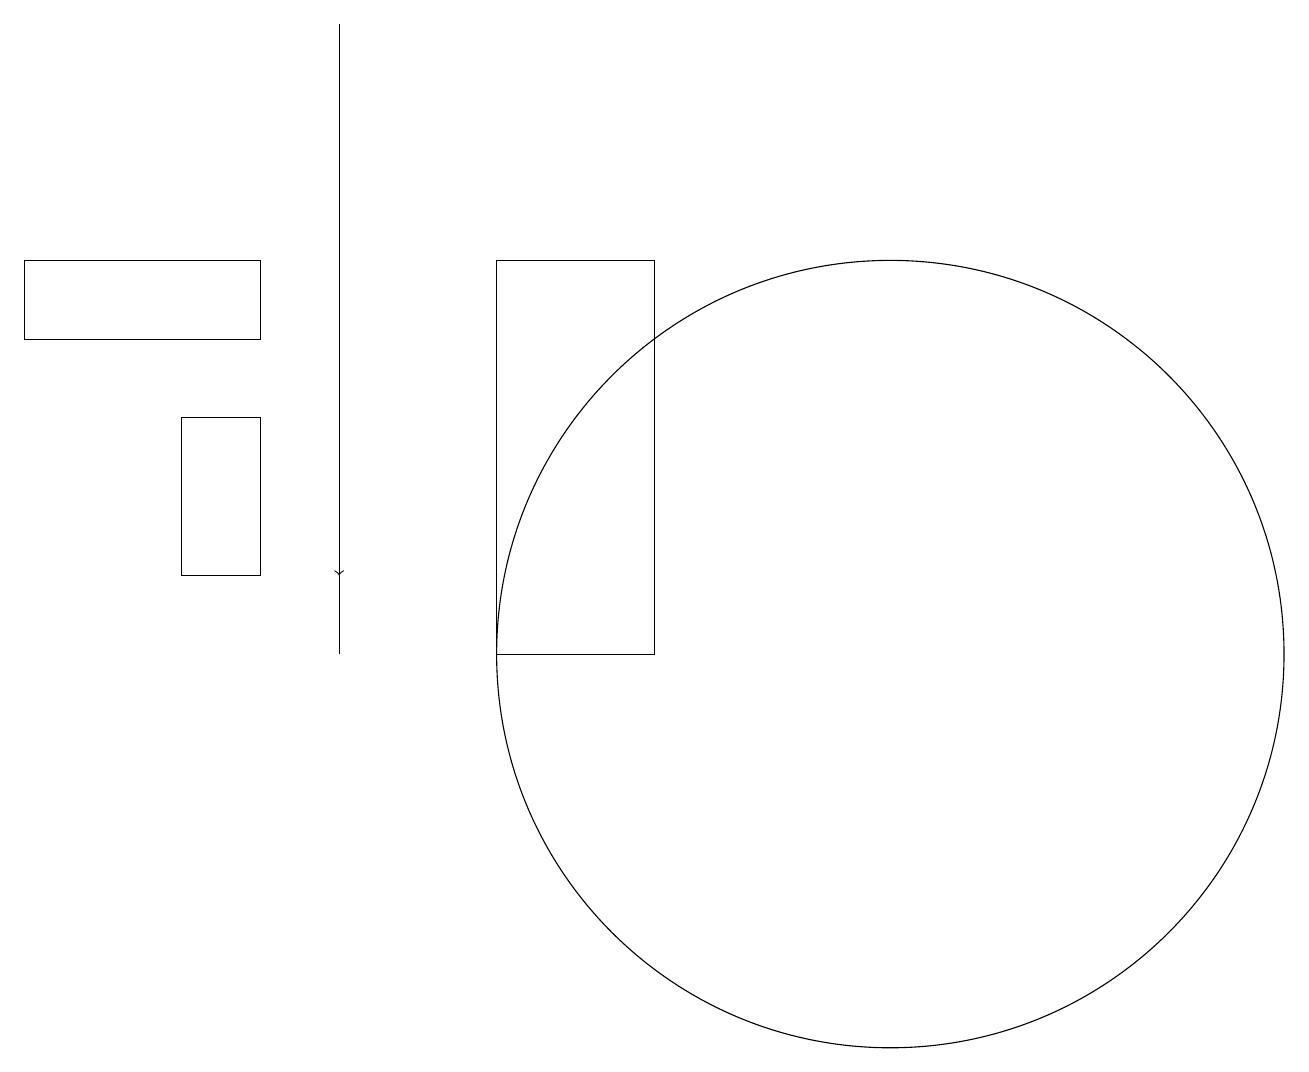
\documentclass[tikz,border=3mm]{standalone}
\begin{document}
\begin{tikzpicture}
\draw[->] (4,18) -- (4,11);
\draw (3,15) rectangle (0,14);
\draw (4,10) rectangle (4,16);
\draw (2,13) rectangle (3,11);
\draw (11,10) circle (5);
\draw (8,15) rectangle (6,10);
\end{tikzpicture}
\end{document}